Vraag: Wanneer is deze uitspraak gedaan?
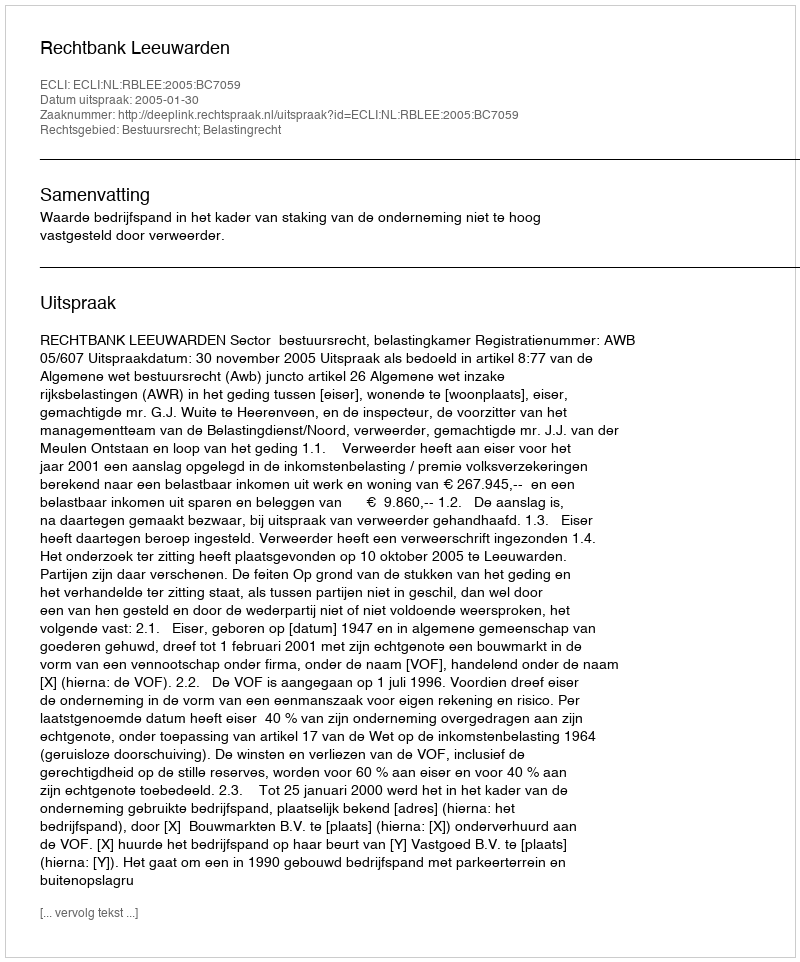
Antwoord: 2005-01-30